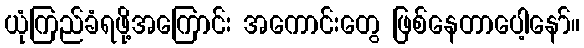
ယုံကြည်ခံရဖို့အကြောင်း အကောင်းတွေ ဖြစ်နေတာပေါ့နော်။